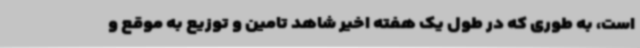
است، به ‌طوری ‌که در طول یک هفته اخیر شاهد تامین و توزیع به موقع و